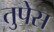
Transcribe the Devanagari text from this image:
तुपेस